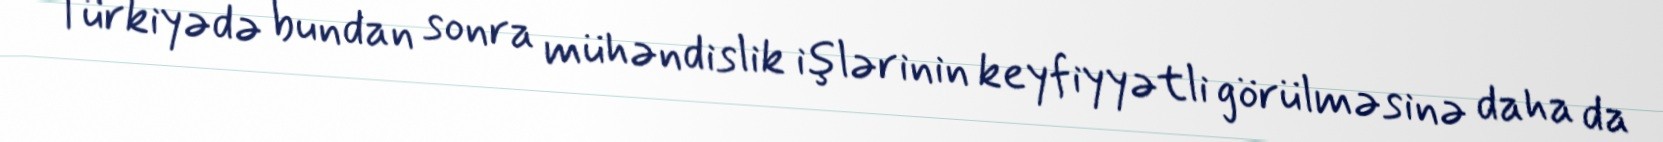
Türkiyədə bundan sonra mühəndislik işlərinin keyfiyyətli görülməsinə daha da